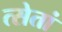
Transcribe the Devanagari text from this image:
त्सेतां